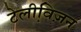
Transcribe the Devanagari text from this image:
टेलीवि़ज़न